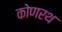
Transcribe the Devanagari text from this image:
कोणरथ